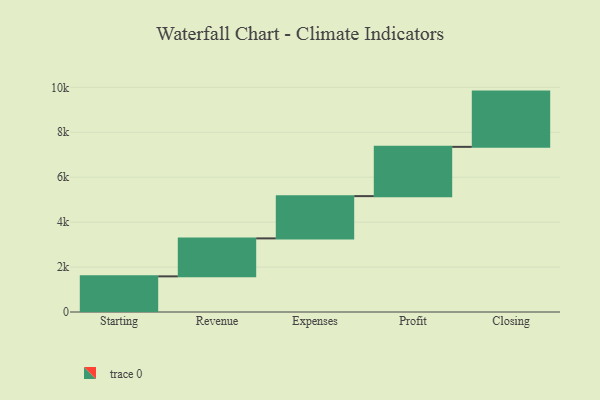
{"axis": {"x": "Step", "y": "Value"}, "legend": [""], "data": [{"x": "Starting", "y": 1586.0, "type": ""}, {"x": "Revenue", "y": 1690.0, "type": ""}, {"x": "Expenses", "y": 1881.0, "type": ""}, {"x": "Profit", "y": 2193.0, "type": ""}, {"x": "Closing", "y": 2459.0, "type": ""}]}